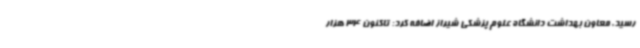
رسید. معاون بهداشت دانشگاه علوم پزشکی شیراز اضافه کرد: تاکنون 34 هزار